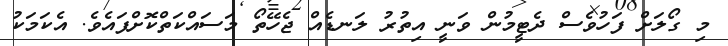
މި ގޯލަށް ފަހުވެސް ދެޓީމުން ވަނީ އިތުރު ލަނޑެއް ޖެހޭތޯ މަސައްކަތްކޮށްފައެވެ. އެކަމަކު